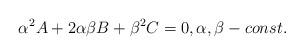
LaTeX: \begin{align*} \alpha^2 A+2\alpha\beta B+\beta^2 C=0, \alpha, \beta - const.\end{align*}